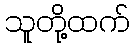
သူတို့ထက်